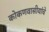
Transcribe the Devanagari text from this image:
कोकणवासीयांचे